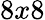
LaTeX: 8x8